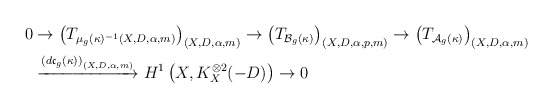
\begin{align*}\begin{aligned}0 &\to \left(T_{\mu_g(\kappa)^{-1}(X, D, \alpha, m)}\right)_{(X, D, \alpha, m)} \to \left(T_{\mathcal B_g(\kappa)}\right)_{(X, D, \alpha, p, m)} \to \left(T_{\mathcal A_g(\kappa)}\right)_{(X, D, \alpha, m)}\\ &\xrightarrow{\left(d\mathfrak c_g(\kappa)\right)_{(X, D, \alpha, m)}} H^1\left(X, K_X^{\otimes 2}(-D)\right) \to 0\end{aligned}\end{align*}